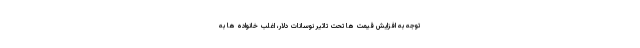
توجه به افزایش قیمت ها تحت تاثیر نوسانات دلار، اغلب خانواده ها به